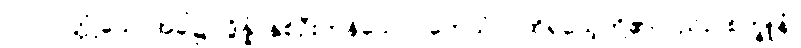
လာလတ္တံ့သောအခါ၌။ ဒွိန္နံ၊ နှစ်ဦးကုန်သော။ တေသံပိ၊ ထိုရသေ့တို့၏လည်း။ စက္ခူနံ၊